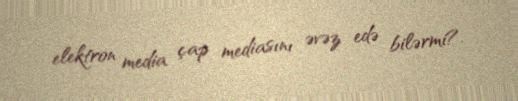
elektron media çap mediasını əvəz edə bilərmi?.